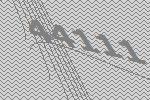
44111